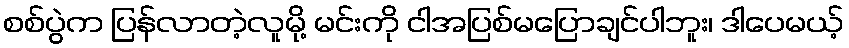
စစ်ပွဲက ပြန်လာတဲ့လူမို့ မင်းကို ငါအပြစ်မပြောချင်ပါဘူး၊ ဒါပေမယ့်